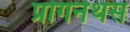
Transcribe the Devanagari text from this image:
प्रोगनेथस